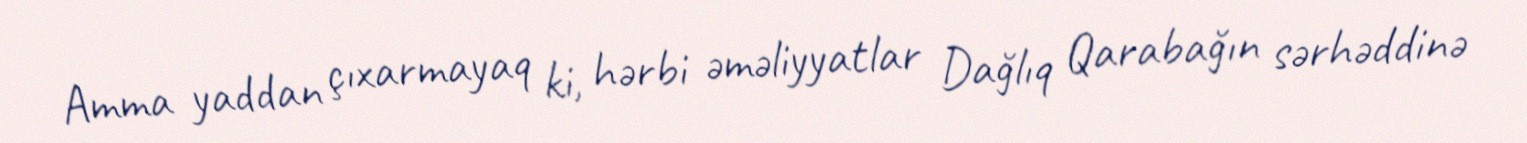
Amma yaddan çıxarmayaq ki, hərbi əməliyyatlar Dağlıq Qarabağın sərhəddinə